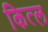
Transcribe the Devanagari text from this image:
कित्ल